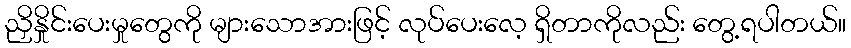
ညှိနှိုင်းပေးမှုတွေကို များသောအားဖြင့် လုပ်ပေးလေ့ ရှိတာကိုလည်း တွေ့ရပါတယ်။